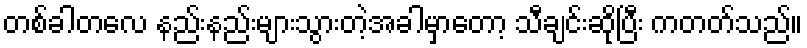
တစ်ခါတလေ နည်းနည်းများသွားတဲ့အခါမှာတော့ သီချင်းဆိုပြီး ကတတ်သည်။